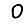
Digit: 0